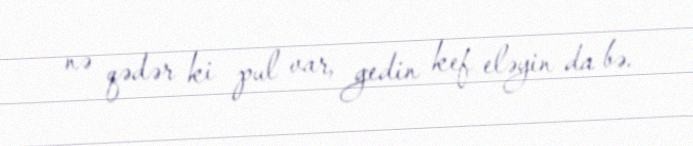
nə qədər ki pul var, gedin kef eləyin da bə.